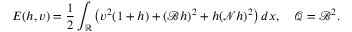
E ( h , v ) = \frac { 1 } { 2 } \int _ { \mathbb R } \left( v ^ { 2 } ( 1 + h ) + ( \mathscr { B } h ) ^ { 2 } + h ( \mathscr { N } h ) ^ { 2 } \right) d x , \quad \mathscr { Q } = \mathscr { B } ^ { 2 } .